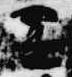
置